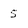
Character: 5